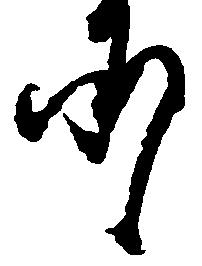
承